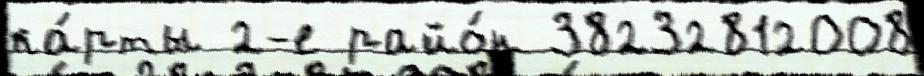
ка́рты 2-е райо́н 38232812008